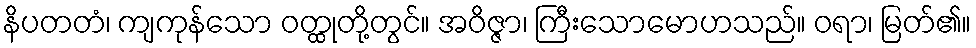
နိပတတံ၊ ကျကုန်သော ဝတ္ထုတို့တွင်။ အဝိဇ္ဇာ၊ ကြီးသောမောဟသည်။ ဝရာ၊ မြတ်၏။